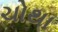
ચોથા